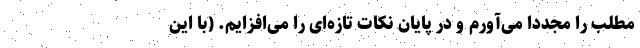
مطلب را مجددا می‌آورم و در پایان نکات تازه‌ای را می‌افزایم. (با این